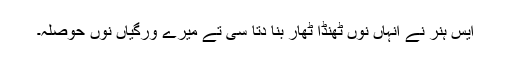
ایس ہنر نے انہاں نوں ٹھنڈا ٹھار بنا دتا سی تے میرے ورگیاں نوں حوصلہ۔